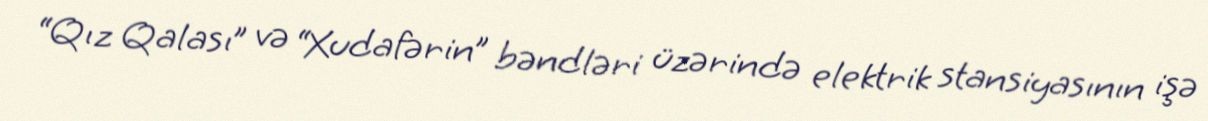
“Qız Qalası” və “Xudafərin” bəndləri üzərində elektrik stansiyasının işə